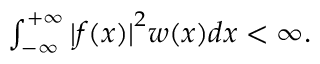
\begin{array} { r } { \int _ { - \infty } ^ { + \infty } { \lvert f ( x ) \rvert } ^ { 2 } w ( x ) d x < \infty . } \end{array}